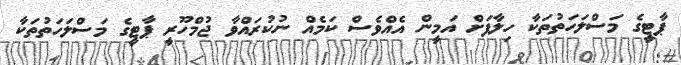
ޕާޓީގެ މަސްލަހަތުތަކާ ހިލާފަށް އަމީން އެއްވެސް ކަމެއް ނުކުރައްވާ ޖުމްހޫރީ ޕާޓީގެ މަސްލަހަތުތަކާ